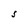
Character: S